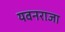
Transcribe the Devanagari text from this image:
यवनराजा